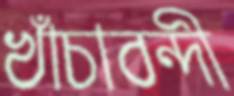
খাঁচাবন্দী